Newspaper: The Dallas weekly herald. [volume]
Place of publication: Dallas, Tex.
Publisher: J.W. Swindells & Co.
Date: 1885-05-21 00:00:00
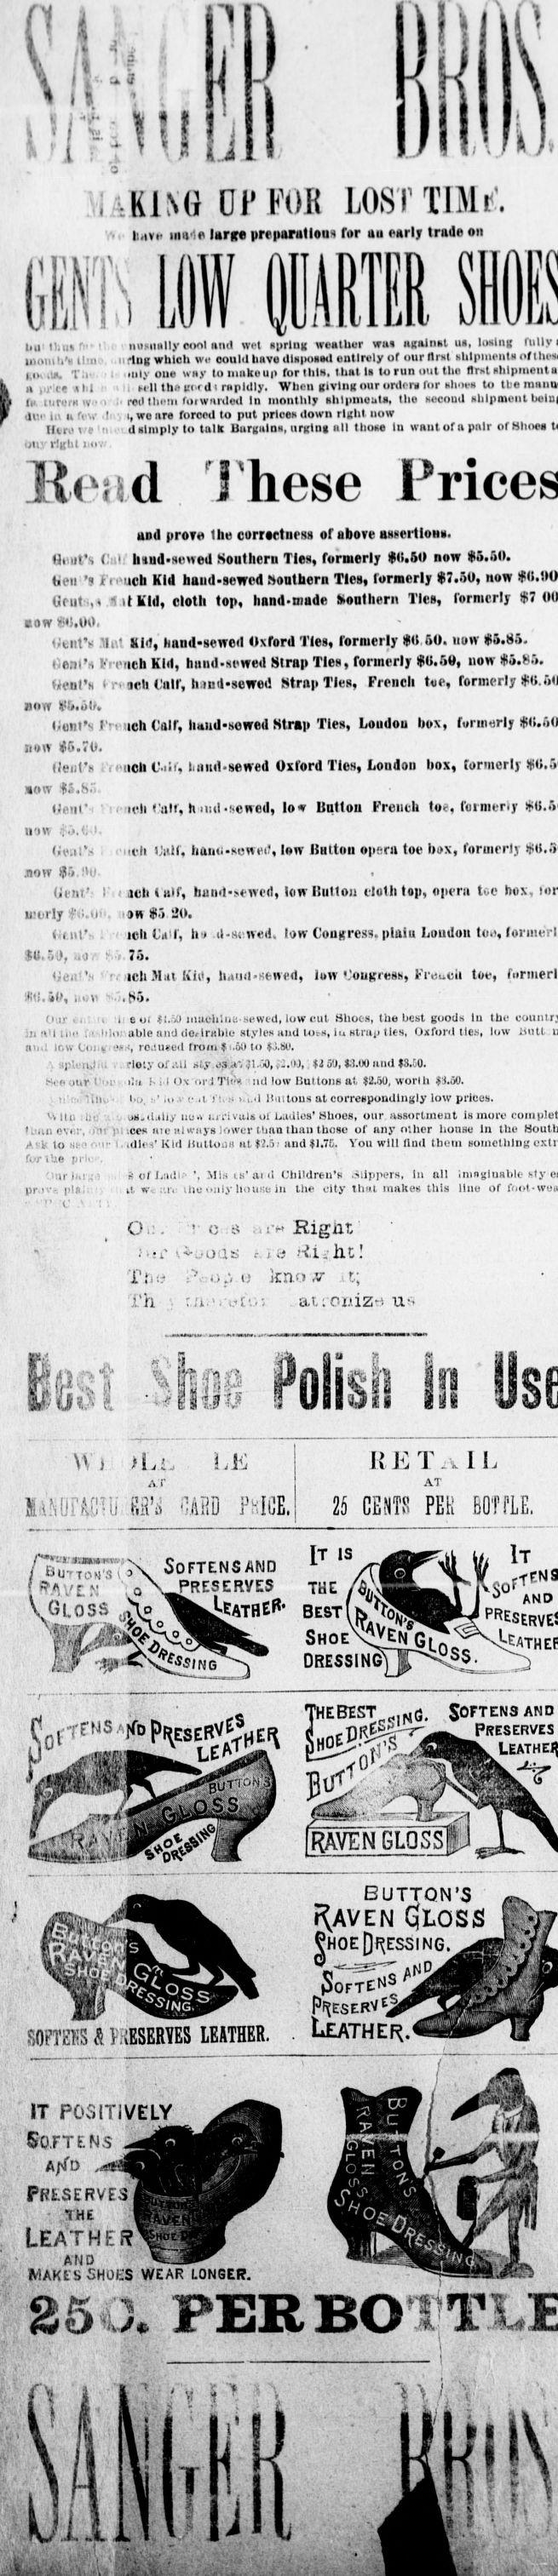
Advertisement text (OCR):
4 l it 3IAK1NG HI' FOB LOST TIM r. v., i,ivk iiini large preparations for au early trade on (if V 5 I. Ill Lu Hint r" r - numally eool and wet tprlug weather wai against ut, losing fully uioml.'n tlm . .iiflng which wit could have diiipoitd entirely of our Hint vhlpiiienta of iiv. .. Tii. i ..uly oue way toniukoup fortlilH, that It to run out the first tlilpiiient k H ,jie vi ill ,. h nil thiri.fd i rapidly. Wbou giving our orders for timet to tueraaiiu .1 ' ... ... i. ..... .1 41.. ...I .l.HM..t It le. lill.'ls -", i. two u ...w...... L . I . r. . ....... I tA m nl., line Hi u irw l' , 4 wo firw iuiwu w ,,w .vui. - " Ili.ro v .- ' (i i . d limply to talk Bargains, urKint all those In want of a pnlr of Hhoes uiiy right mi." ;id These nod proT the correctness of above aHgerUona. Omit's Cut:' hsud.sowed Southern Ties, formerly $.50 now $5.80. Veil 'a Ireuch Kid baud-sewed Houtheru Ties, formerly $7.50, now Gruts.v it Kid, cloth top, hand-made fcontliern TIcb, formerly $7 bow tiitS.Ov), i;tiit'd irt Kid,' hand-sewed Oxford Ties, formerly $0.50. mow $5.85. r-e.n' b'r tvich Kid, hnnd.Htwed Strap Ties , formerly $.5, now $5.85. Weill's r. ach Coir, hind-sewed Strap Ties, French tee, formerly font's J'n-iich Calf, baud-sowed Strap Ties, Loudon box, formerly now $5.70. Ileul's i tench Cii', Imml-sewed Oxford Ties, Loudon box, formerly vw $3. 8.". Jeiii'-i ' m it'll Calf, h Hid -sewed, low Iinttou French toe, formerly low .;'.".;. i. (ie.ii's . i nt li Cnlf, liuiiii-Newfi', low ilmtou opsra toe box, formerly .now $j.!t(J- . Out.': I'.i Jell af, bund-ewcri, low Button cloth top, opern toe box, U'trly f.i.ti'-. lion $5 20. t.i.nfs : it'll (Ja r, Ii j .il-st weil. low Congress, plain Loudon too, $0.5, ..o,- !: '. 75. t!ii".i ' r.- icli Mai Kiit, h.iuil'Stwed, low 'Jougresh, Frecii toe, ftti.il, Ik.v 5. (..irii.: ! i.eoi tl.oO muchlne-sewed, low imOlliio U blni able nnu desirable styles and lot, lu strap ties, Oxford ties, low JtiutL tiii.i low tin '. I'M, ro.'.uttcd from 1 1.0O to J.8U. ; spli-iiJiu . . rloiy ofuli sty es a", 31.,'jO, i2M, '. U 59, ti.OO mid 3.C0. s, our I'.. i' I'n 1- i I On oi-J Tii; nd low Iiullons at 4)2.50, worth 11.50. ti c. ' inn . :' in v I- . I i t. . i.'l Huitous at correpondtiijly low prices. llu . In; i o.mi.tUiiy nu n-rivule ol LaUios Hhoes, our assortment Is more ti.'iin evr, .j)ir pi icon Hie elwiiyg lower Minn than those of any olhcr honse In the Avk to He.' -. if i. idle V Kid Muttons lit ?.5 and jjl.75. You will find tbem soincthliig fi.r i'je ppU:. . Mur li.i pr.iw. p!; "" t' A k of J.nili.-. , Mis is' ai (I Chltdreu's Clippers, lu nil imsgluable sty it w n: ihe iiily house in the city thnl makes this line of O.:. : c : a t-M Right1 i. to iiishtl Tun kao w it; Th r.'i 'i o ..; . at routizri mmi SMm. mm in VV) Li, i,E AT imm KR'iJ OABD ?JiICE. I BU7T0M'S i 3 PRESERVES f?l klTHE V (ft .JiiV 1 7 r i -ri SOPTEES & FKESERVES LEATHER. 11 ' IT POSITIVELY SOTTENS Preserves LEATHER AND MAKES SHOES WEAR LONGER. - asMLj?L7 ilnivn .li.llt IIAW i . - cut Shoes, the best goods lu the 1 KETaIL AT 25 CENTS PER BOTTLE. It 0 AND Shoe DRESSING THEBEST N( Softens ano PRESERVES BUTTQN'5 IAVEN CjLOSS VH0E JESSING. Leather. THE kfv BEST N'foTV. JX-i . II rl .'W.v; "- 1 J
Label: illustrations